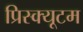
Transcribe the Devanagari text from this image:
प्रिस्क्यूटम